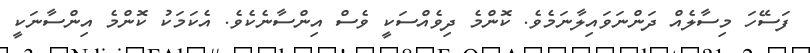
ފަސޭހަ މިސާލެއް ދަންނަވައިލާނަމެވެ. ކޮންމެ ދިވެއްސަކީ ވެސް އިންސާނެކެވެ. އެކަމަކު ކޮންމެ އިންސާނަކީ